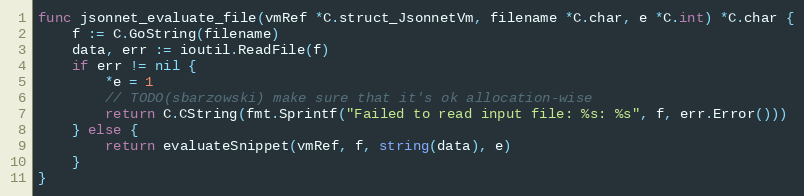
Language: Go
func jsonnet_evaluate_file(vmRef *C.struct_JsonnetVm, filename *C.char, e *C.int) *C.char {
	f := C.GoString(filename)
	data, err := ioutil.ReadFile(f)
	if err != nil {
		*e = 1
		// TODO(sbarzowski) make sure that it's ok allocation-wise
		return C.CString(fmt.Sprintf("Failed to read input file: %s: %s", f, err.Error()))
	} else {
		return evaluateSnippet(vmRef, f, string(data), e)
	}
}